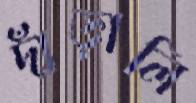
দাঁড়ালি